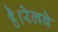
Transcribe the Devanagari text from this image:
है।रेलवे